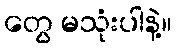
တွေ မသုံးပါနဲ့။